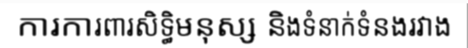
ការការពារសិទ្ធិមនុស្ស និងទំនាក់ទំនងរវាង